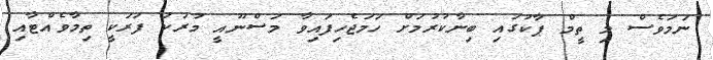
ނަމަވެސް މި ތީމް ޕާކުގައި ބިނާކުރުމަށް ހަމަޖެހިފައިވާ މަސްނޫއީ މުރަކަ ފަރަކީ ތިމާވެއްޓާއި